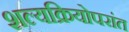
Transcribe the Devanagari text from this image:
शल्यक्रियोपरांत